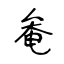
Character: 奙